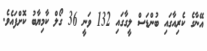
އޭނާގެ ކެރިއާގައި ބުންޑަސް ލީގާގައި 132 ވަނީ 36 ގޯލް ކާމިޔާބު ކޮށްފައެވެ.